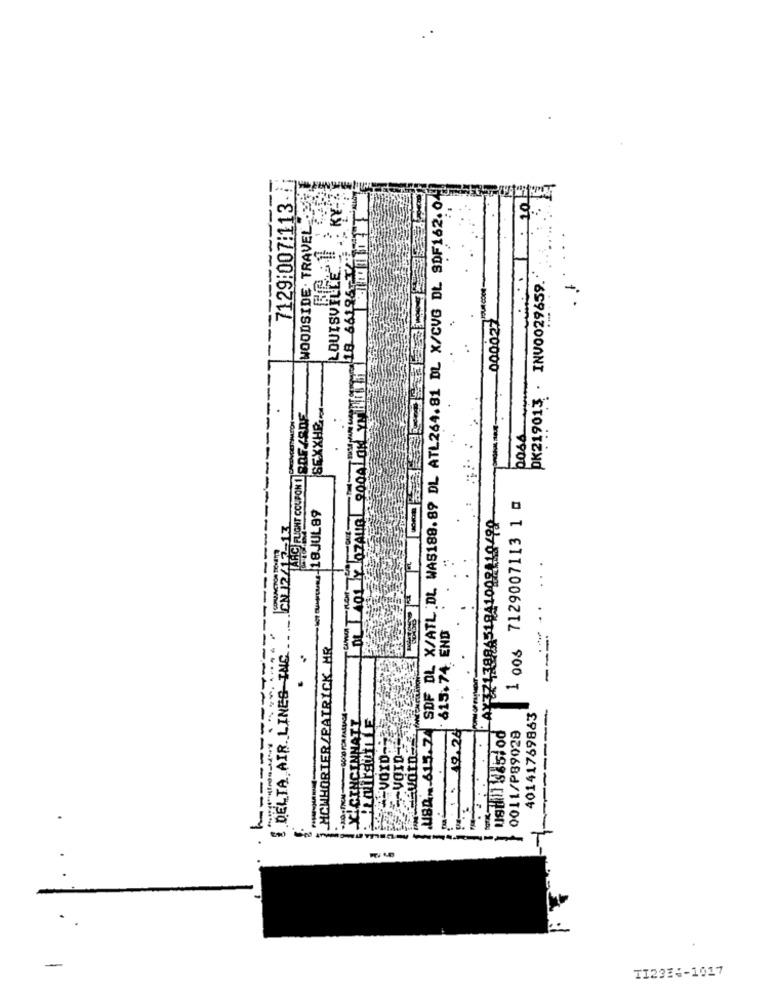
-------
7129:007:113.
WOODSIDE. TRAVEL .ER
USA. 615.7 SDF DL X/ATL. DL. WAS188.89 DL ATL264.81 DL X/CVG DL SDF162.04
: 10
IL 101 OZAUG 2004TON YT Hi1 18-66186- 2.
PK219013 . INV0029659. ::
LOUISVILLE!
000027
SEXXHE ...
ARC FUGNT COUPON I SOF /ADE
1 006 7129007113 1 @
.. 18JUL89
MAY371388451941002019499
N 12/12-13
-....
DELTA AIR LINES INC.
- 615.74. END
MCWHORTER/PATRICK_HR
CICINCINNATT
40141769863
-------
:: 19.26
0011/P89028
------
ustill s&5lod
-VOID-
---------------
T
-
TI233 :- 1017